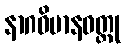
နာဂဝိမာနဝတ္ထု